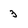
Character: 3